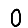
Digit: 0